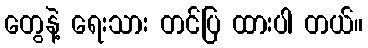
တွေနဲ့ ရေးသား တင်ပြ ထားပါ တယ်။